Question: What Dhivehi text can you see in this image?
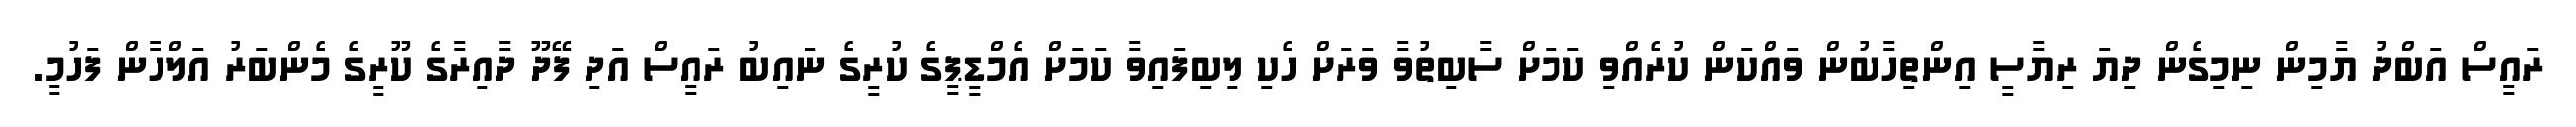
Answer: ރައީސް އަބްދު ޔާމިން ނިމިގެން ދިޔަ ރިޔާސީ އިންތިހާބުން ވައްކަން ކުރެއްވި ކަމަށް ސާބިތުވާ ވަރަށް ހެކި ލިބިފައިވާ ކަމަށް އެމްޑީޕީގެ ކުރީގެ ނައިބު ރައީސް އަދި ފޭދޫ ދާއިރާގެ ކޫރީގެ މެންބަރު އަލްހާން ފަހުމީ.